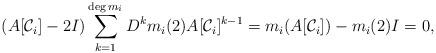
LaTeX: \begin{align*} (A[\mathcal C_i]-2I)\sum_{k=1}^{\deg m_i} D^k m_i(2) A[\mathcal C_i]^{k-1} = m_i(A[\mathcal C_i])-m_i(2)I = 0,\end{align*}